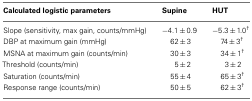
| Calculated logistic parameters | Supine | HUT |
 | --- | --- | --- |
 | Slope (sensitivity, max gain, counts/mmHg) | −4.1 ± 0.9 | −5.3 ± 1.0† |
 | DBP at maximum gain (mmHg) | 62 ± 3 | 74 ± 3† |
 | MSNA at maximum gain (counts/min) | 30 ± 3 | 34 ± 1† |
 | Threshold (counts/min) | 5 ± 2 | 3 ± 2 |
 | Saturation (counts/min) | 55 ± 4 | 65 ± 3† |
 | Response range (counts/min) | 50 ± 5 | 62 ± 3† |